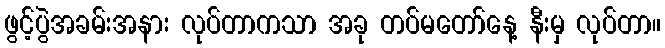
ဖွင့်ပွဲအခမ်းအနား လုပ်တာကသာ အခု တပ်မတော်နေ့ နီးမှ လုပ်တာ။